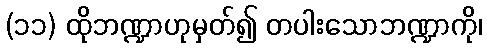
(၁၁) ထိုဘဏ္ဍာဟုမှတ်၍ တပါးသောဘဏ္ဍာကို၊